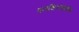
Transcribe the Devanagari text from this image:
पनथिनाइकोस